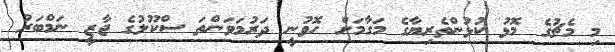
މި މެޗުގެ މޮޅު ކުޅުންތެރިޔާގެ މަގާމަށް ހޮވުނީ ދަރުމަވަންތަ ސްކޫލުގެ ޖާޒީ ނަމްބަރު